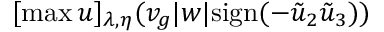
[ \operatorname* { m a x } { u } ] _ { \lambda , \eta } ( v _ { g } | w | \mathrm { s i g n } ( - \tilde { u } _ { 2 } \tilde { u } _ { 3 } ) )